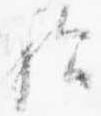
歟